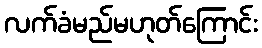
လက်ခံမည်မဟုတ်ကြောင်း